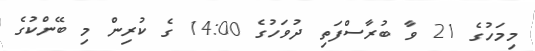
މިމަހުގެ 21 ވާ ބުރާސްފަތި ދުވަހުގެ 14:00 ގެ ކުރިން މި ބޭންކުގެ